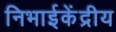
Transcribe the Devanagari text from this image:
निभाईकेंद्रीय